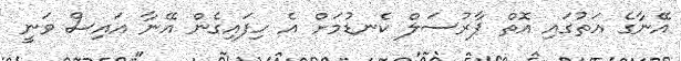
އޭނާގެ އަތުގައި އޮތް ޕާރުސަލް ކެނޑުމަށް އެ ހިފައިގެން އޭނާ އައިސް ވަނީ